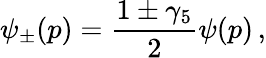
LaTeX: \psi_{\pm}(p)={\frac{1\pm\gamma_{5}}{2}}\psi(p)\, ,